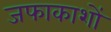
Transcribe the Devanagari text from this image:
जफाकाशों